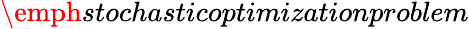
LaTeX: \emph{stochasticoptimizationproblem}